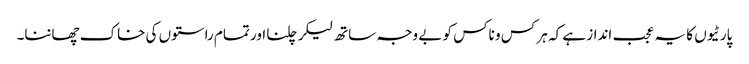
پارٹیوں کا یہ عجب انداز ہے کہ ہر کس و ناکس کو بے وجہ ساتھ لیکر چلنا اور تمام راستوں کی خاک چھاننا۔